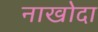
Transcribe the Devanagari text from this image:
नाखोदा